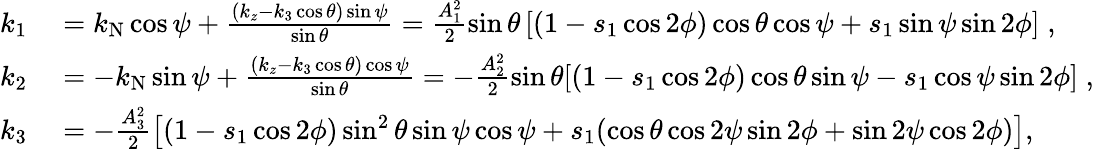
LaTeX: \begin{array}{rl}{k_{1}}&{{}=k_{\mathrm{N}}\cos\psi+\frac{(k_{z}-k_{3}\cos\theta)\sin\psi}{\sin\theta}=\frac{A_{1}^{2}}{2}\sin\theta\left[(1-s_{1}\cos 2\phi)\cos\theta\cos\psi+s_{1}\sin\psi\sin 2\phi\right]\; ,}\\ {k_{2}}&{{}=-k_{\mathrm{N}}\sin\psi+\frac{(k_{z}-k_{3}\cos\theta)\cos\psi}{\sin\theta}=-\frac{A_{2}^{2}}{2}\sin\theta[(1-s_{1}\cos 2\phi)\cos\theta\sin\psi-s_{1}\cos\psi\sin 2\phi]\; ,}\\ {k_{3}}&{{}=-\frac{A_{3}^{2}}{2}\left[(1-s_{1}\cos 2\phi)\sin^{2}{\theta}\sin{\psi}\cos\psi+s_{1}(\cos\theta\cos 2\psi\sin 2\phi+\sin 2\psi\cos 2\phi)\right],}\end{array}